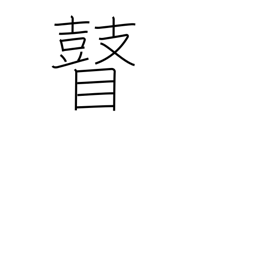
Meaning: blind person